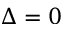
\Delta = 0